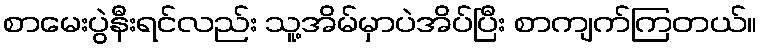
စာမေးပွဲနီးရင်လည်း သူ့အိမ်မှာပဲအိပ်ပြီး စာကျက်ကြတယ်။